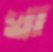
খা